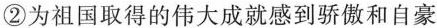
②为祖国取得的伟大成就感到骄傲和自豪